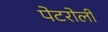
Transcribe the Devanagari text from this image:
पेटरोली